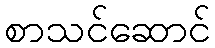
စာသင်ဆောင်